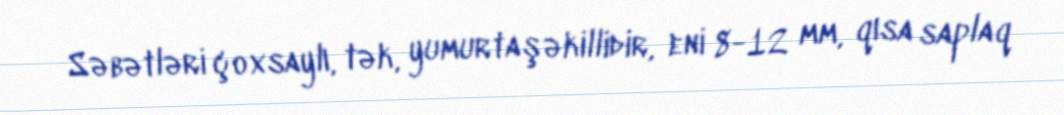
Səbətləri çoxsaylı, tək, yumurtaşəkillidir, eni 8-12 mm, qısa saplaq